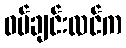
ဝမ်ချင်းလင်က